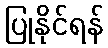
ပြုနိုင်ရန်